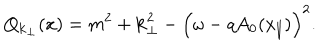
LaTeX: Q _ { { \bf k } _ { \perp } } ( x ) = m ^ { 2 } + { \bf k } _ { \perp } ^ { 2 } - \Bigl ( \omega - q A _ { 0 } ( x _ { \parallel } ) \Bigr ) ^ { 2 } .